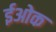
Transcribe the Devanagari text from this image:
ईओक